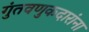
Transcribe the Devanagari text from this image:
गुंतवणुकदारांना